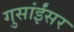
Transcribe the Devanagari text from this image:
गुसांईंसर